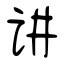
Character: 讲